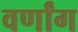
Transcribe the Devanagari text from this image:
वर्णांग